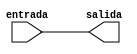
`timescale 1ns / 1ps

module registro_salida(
	entrada,
	salida
	);
					

	input	[7:0] entrada;
	output [7:0] salida;

	reg [7:0] salida;
	
	always@(*)
	begin
		salida <= entrada;
	end
		
endmodule